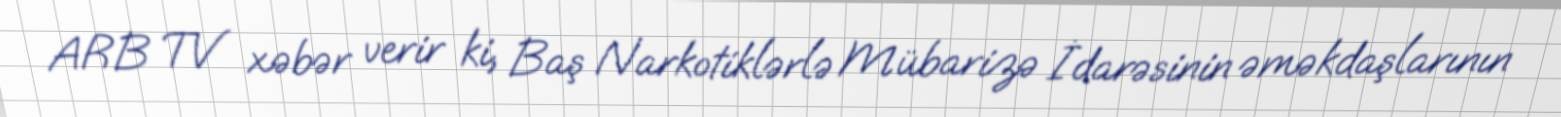
ARB TV xəbər verir ki, Baş Narkotiklərlə Mübarizə İdarəsinin əməkdaşlarının